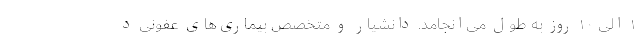
۱ الی ۱۰ روز به طول می‌انجامد. دانشیار و متخصص بیماری‌های عفونی د